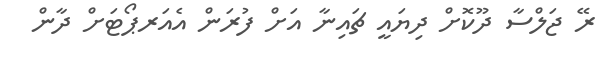
ރޭ ޖަލްސާ ދޫކޮށް ދިޔައީ ޗައިނާ އަށް ފުރަން އެއަރޕޯޓަށް ދާން